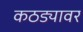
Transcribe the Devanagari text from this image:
कठड्यावर